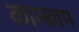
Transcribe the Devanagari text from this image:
काम्ब्लम